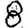
Digit: 8